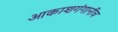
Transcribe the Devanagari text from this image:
आकाशगंगानीच